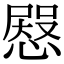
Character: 𢠬